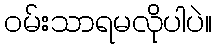
ဝမ်းသာရမလိုပါပဲ။